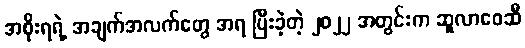
အစိုးရရဲ့ အချက်အလက်တွေ အရ ပြီးခဲ့တဲ့ ၂၀၂၂ အတွင်းက ဆူလာဝေဆီ